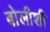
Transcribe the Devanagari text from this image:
बोलीशी